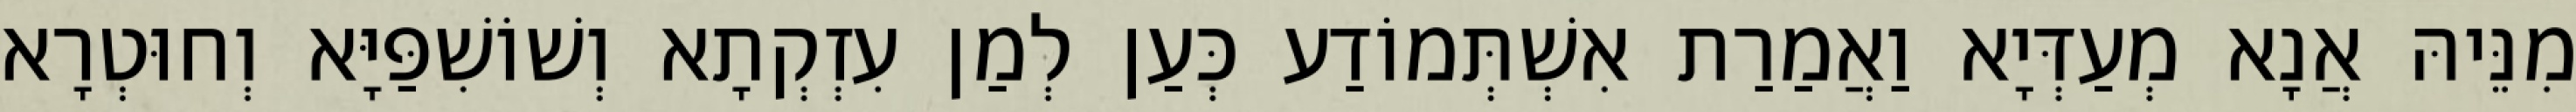
מִנֵּיהּ אֲנָא מְעַדְּיָא וַאֲמַרַת אִשְׁתְּמוֹדַע כְּעַן לְמַן עִזְקְתָא וְשׁוֹשִׁפַּיָּא וְחוּטְרָא